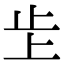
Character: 𣥌